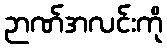
ဉာဏ်အလင်းကို